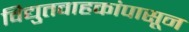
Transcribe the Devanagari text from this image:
विद्युतवाहकांपासून